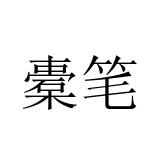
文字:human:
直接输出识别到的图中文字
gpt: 橐笔